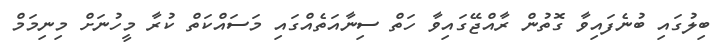
ބިލުގައި ބުނެފައިވާ ގޮތުން ރާއްޖޭގައިވާ ހަތް ސިނާއަތެއްގައި މަސައްކަތް ކުރާ މީހުނަށް މިނިމަމް